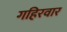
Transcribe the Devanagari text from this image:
गहिरवार